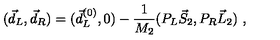
( \vec { d } _ { L } , \vec { d } _ { R } ) = ( \vec { d } _ { L } ^ { ( 0 ) } , 0 ) - { \frac { 1 } { M _ { 2 } } } ( P _ { L } \vec { S } _ { 2 } , P _ { R } \vec { L } _ { 2 } ) \ ,